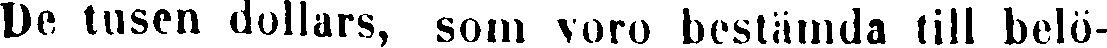
De tusen dollars, som voro bestämda till belö-